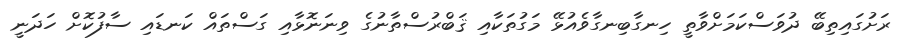
ރަށުގައިތިބޭ ދުވަސްކަމަށްވާތީ ހިނގާބިނގާވެއުޅޭ މަގުތަކާއި ޤަބްރުސްތާނުގެ ވިނަނޮޅާއި ގަސްތައް ކަނޑައި ސާފުކޮށް ހަދަނީ